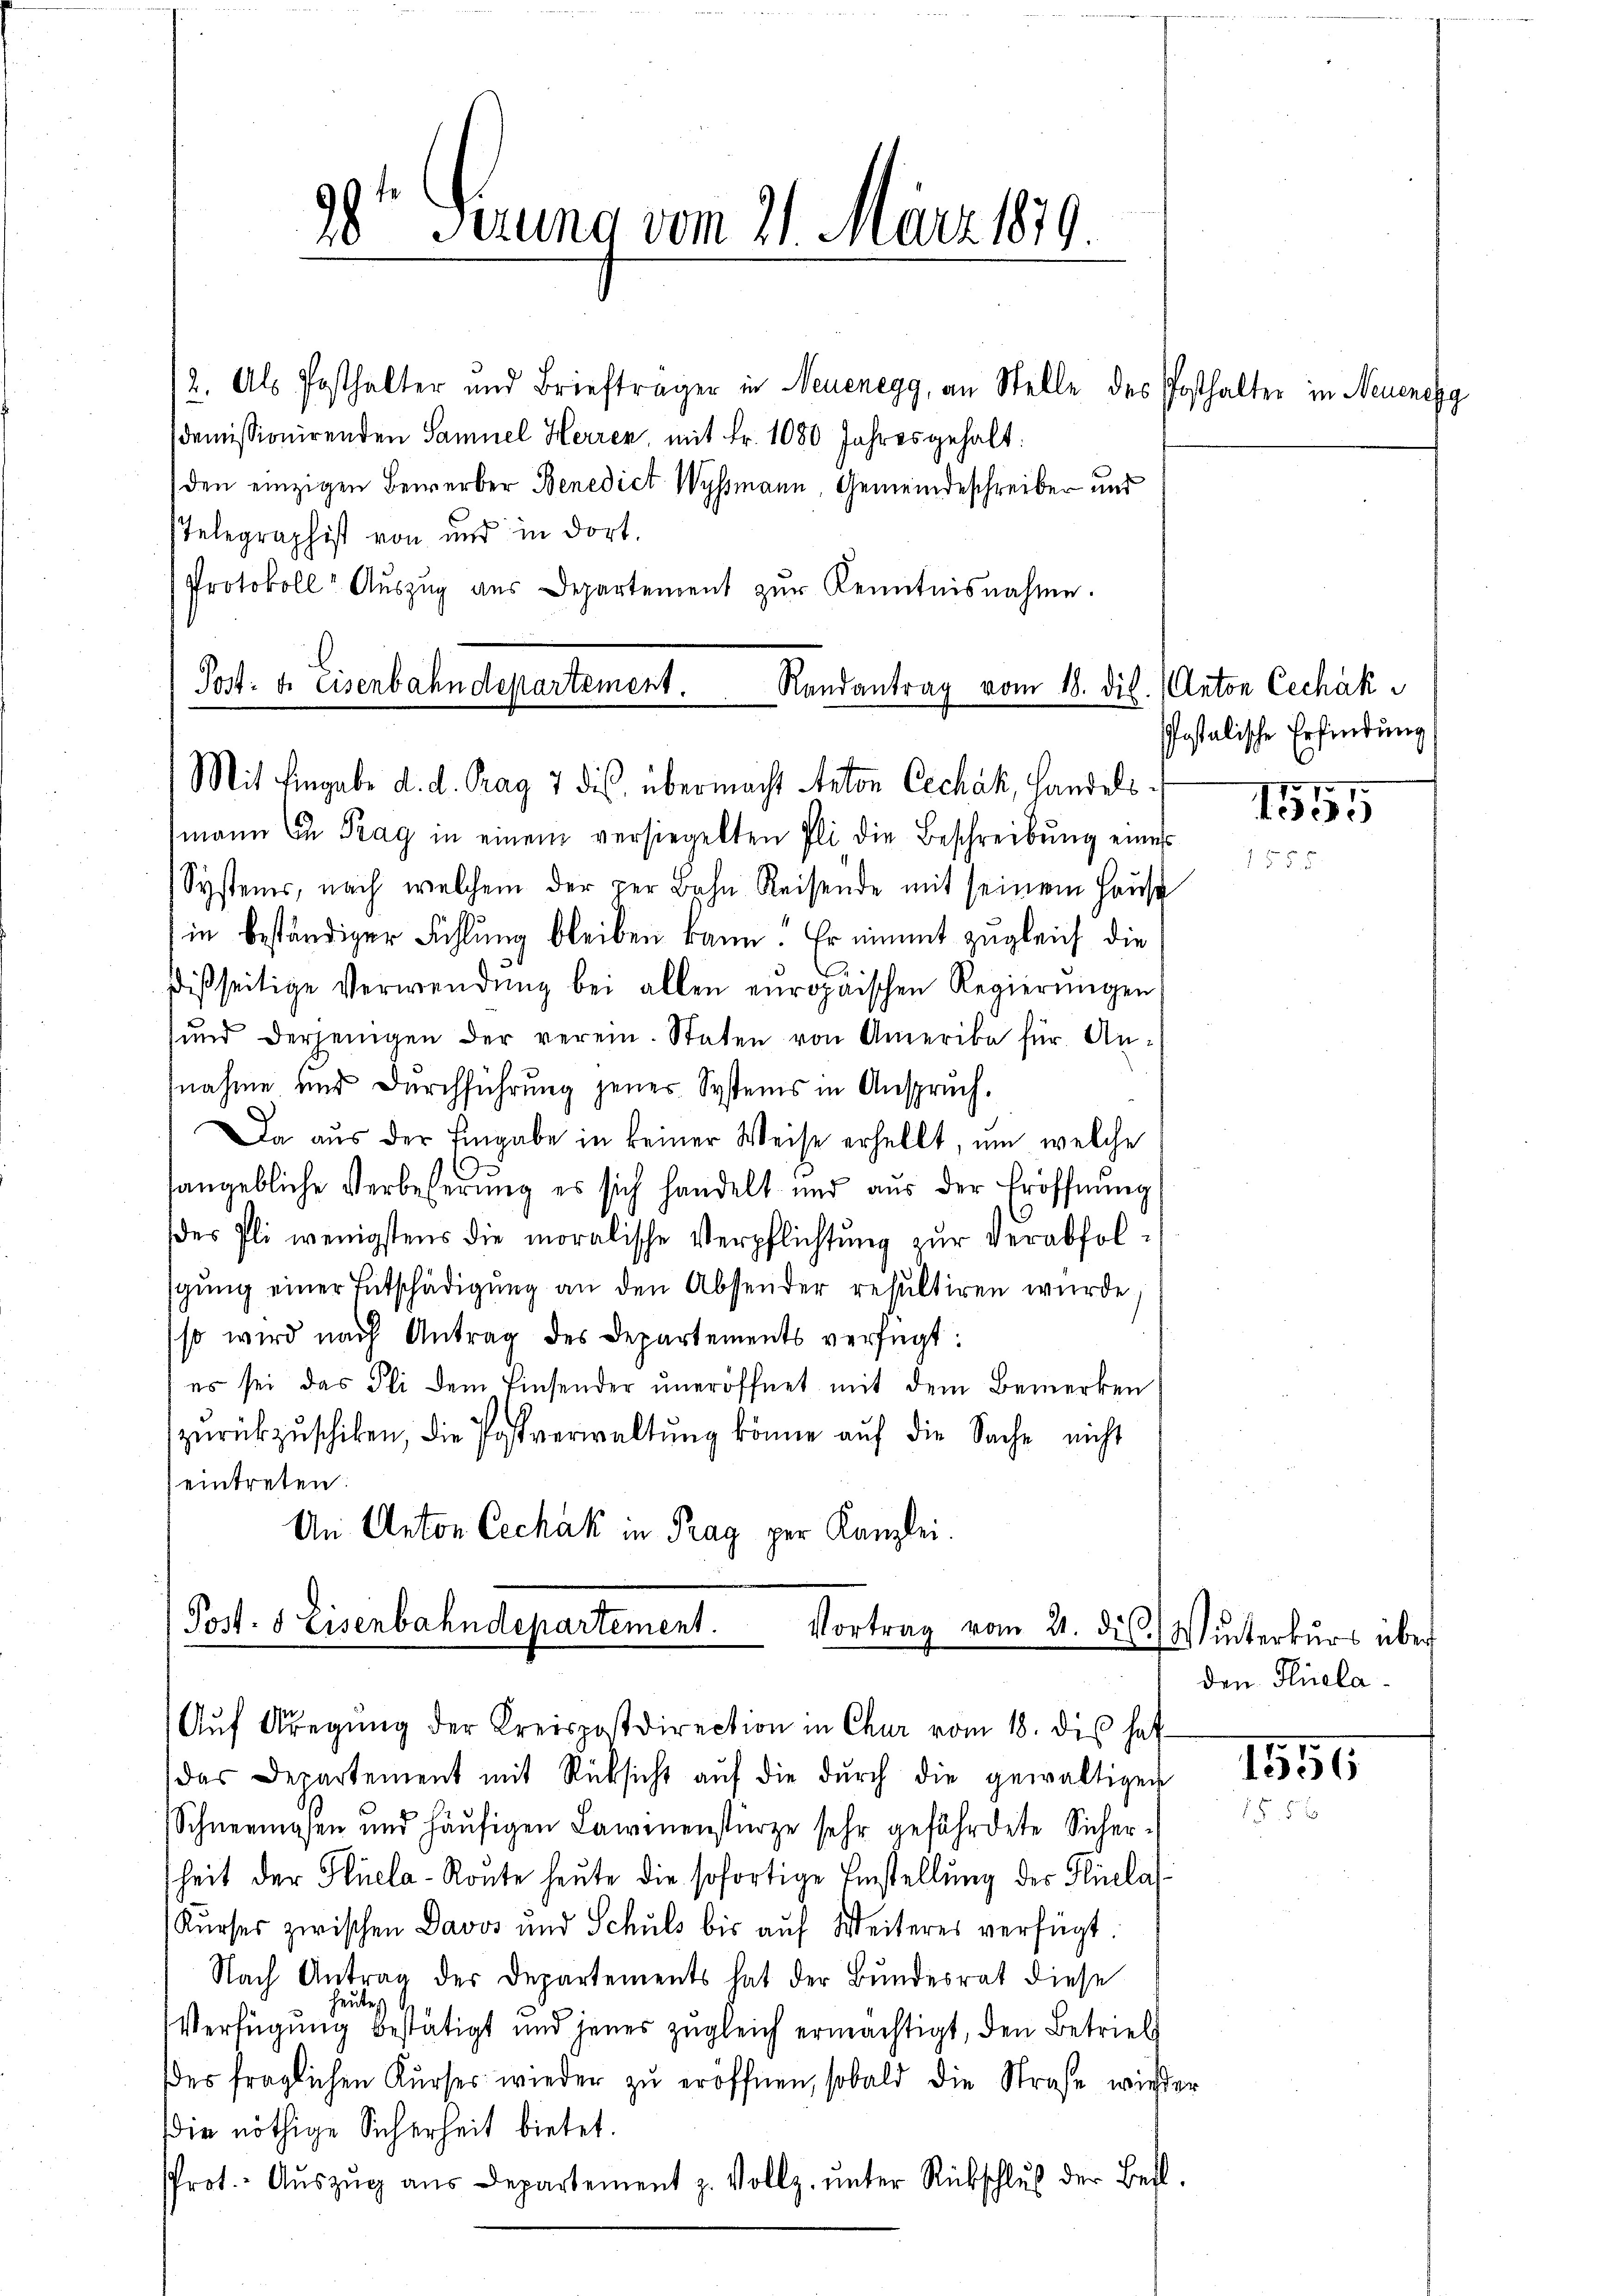
98t Firung vom 21. März 1819.

(2. Als Posthalter und Briefträger in Neuenegg, an Stelle des Posthalter in Neuenegg
demissionirenden Samuel Herren mit Fr. 1080 Jahres gehalt:
den einzigen Bewerber Benedict Wyssmann, Gemeindeschreiber und
sTelegraphist von und in dort.
Protokoll- Aŭszŭg aŭs Departement zŭr Kenntnisnahme.
Port: 4. Eisenbahndepartement. Randantrag vom 18. dit. Anton Cechák

Mit Eingabe d. d. Prag 7 des übermacht Anton Cechák, Handels

mann in Prag in einem versiegelten Pli die Beschreibŭng eines
Systems, nach welchem der per Bahn Reisende mit seinem Hause
in beständiger Fühlung bleiben kann! Er nimmt zugleich die
dißseitige Verwendŭng bei allen europäischen Regierŭngen
ŭnd derjenigen der verein. Staten von Amerika für Annahme und Durchführung jener Systems in Anspruch.
Da aŭs der Eingabe in keiner Weise erhellt, um welche
hangebliche Verbesserung es sich handelt und aus der Eröffnung
des Pli wenigstens die moralische Verpflichtŭng zŭr verabfolgung einer Entschädigung an den Absender resultiren wurde
so wird nach Antrag des Departements verfügt:
es sei das Fli dem Einsender ŭneröffnet mit dem Bemerken
zŭrückzuschiken, die Postverwaltung könne auf die Sache nicht
eintreten.
An Anton Cechák in Prag per Kanzlei.

(Post- & Eisenbahndepartement.
Vortrag vom 21. d. Winterkurs über
Aŭf Aregŭng der Kreispostdirection in Chur vom 18. dis haf

das Departement mit Rücksicht aŭf die dŭrch die gewaltigen
Schneemosen und häufigen Laienenstürze sehr gefährdete Sicher-
sheit der Flüela-Route heute die sofortige Einstellung des Hisela
Kurses zwischen Davos und Schuls bis aŭf Weiteres verfügt:
Nach Antrag des Departements hat der Bŭndesrat diese
ute
Verfügung bestätigt und jenes zugleich ermächtigt, den Betrieb
des fraglichen Kurser wieder zu eröffnen, sobald die Straße wieder
die nöthige Sicherheit bietet.
Prot. Aŭszŭg ans Departement z. Vollz. ŭnter Rückschlŭβ der Beft.

Pestalische Erfindung

1555

den Plisela¬

1555